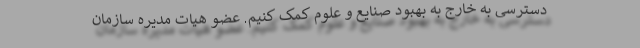
دسترسی به خارج به بهبود صنایع و علوم کمک کنیم. عضو هیات مدیره سازمان